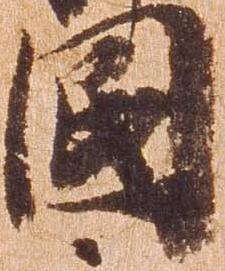
国